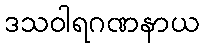
ဒသဝါရဂဏနာယ